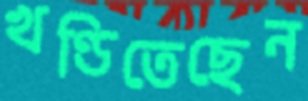
খণ্ডিতেছেন